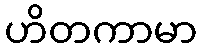
ဟိတကာမာ